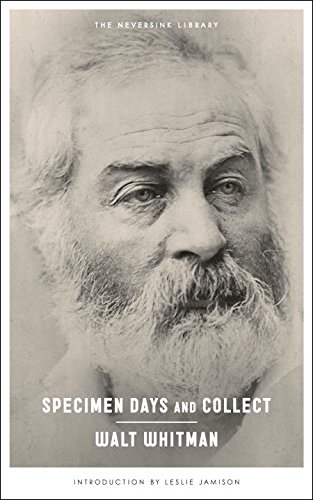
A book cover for Specimen Days & Collect (Neversink); Walt Whitman; Literature & Fiction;